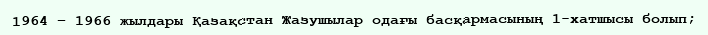
1964 – 1966 жылдары Қазақстан Жазушылар одағы басқармасының 1-хатшысы болып;